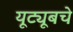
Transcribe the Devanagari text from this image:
यूट्यूबचे